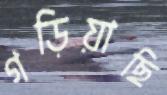
গড়িয়াছি